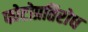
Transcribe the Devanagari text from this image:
फोटोप्रतिरोध